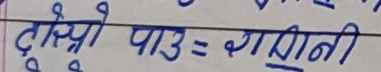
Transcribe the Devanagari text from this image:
दोस्रो पाठ = रागिनी